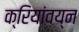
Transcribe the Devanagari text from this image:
क्रियांवय्न